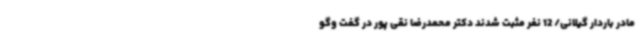
مادر باردار گیلانی/ 12 نفر مثبت شدند دکتر محمدرضا نقی پور در گفت وگو